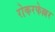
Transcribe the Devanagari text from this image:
रोकरफेल्लर